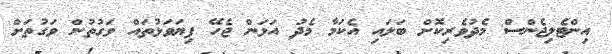
އިންޓެލިޖެންސް މެދުވެރިކޮށް ބަލައި އެކަމާ މެދު އަޅަން ޖެހޭ ފިޔަވަޅުތައް ވަގުތުން ވަގުތަށް